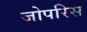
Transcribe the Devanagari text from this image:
जोपरिस